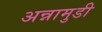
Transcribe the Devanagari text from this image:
अन्नामुडी